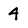
Character: 4